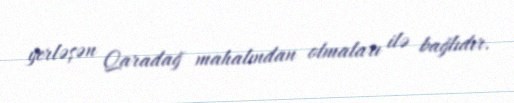
yerləşən Qaradağ mahalından olmaları ilə bağlıdır.